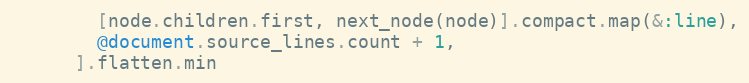
Language: Ruby
        [node.children.first, next_node(node)].compact.map(&:line),
        @document.source_lines.count + 1,
      ].flatten.min